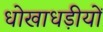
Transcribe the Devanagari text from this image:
धोखाधड़ीयों